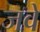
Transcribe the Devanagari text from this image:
जवे